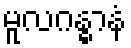
မူလဂန္ဓာနံ